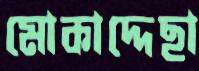
মোকাদ্দেছা